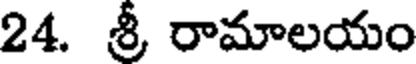
24. శ్రీ రామాలయం